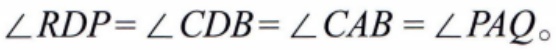
\(\angle RDP=\angle CDB=\angle CAB = \angle PAQ\)